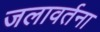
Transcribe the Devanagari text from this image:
जलावर्तना